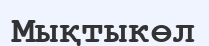
Мықтыкөл